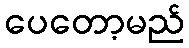
ပေတော့မည်